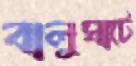
বালুঘাটে